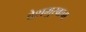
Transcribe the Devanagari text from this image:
देशमुखाचा